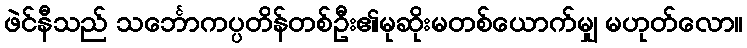
ဖဲင်နီသည် သင်္ဘောကပ္ပတိန်တစ်ဦး၏မုဆိုးမတစ်ယောက်မျှ မဟုတ်လော။